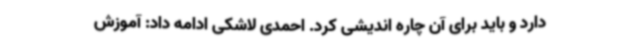
دارد و باید برای آن چاره اندیشی کرد. احمدی لاشکی ادامه داد: آموزش